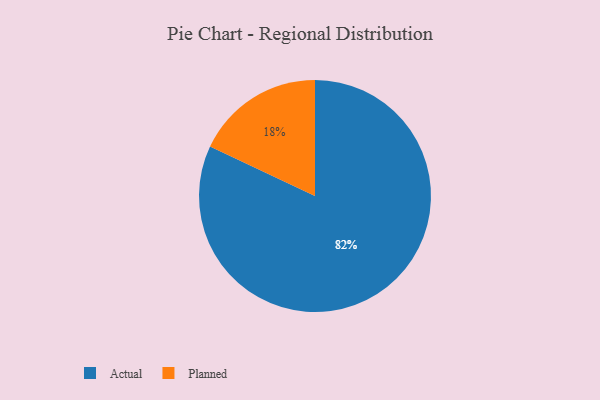
{"axis": {"x": "Category", "y": "Percentage"}, "legend": ["Actual", "Planned"], "data": [{"x": "Actual", "y": 82, "type": "Actual"}, {"x": "Planned", "y": 18, "type": "Planned"}]}